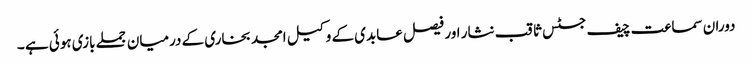
دوران سماعت چیف جسٹس ثاقب نثار اور فیصل عابدی کے وکیل امجد بخاری کے درمیان جملے بازی ہوئی ہے ۔